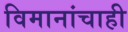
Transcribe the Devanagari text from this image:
विमानांचाही